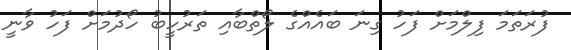
ފުރަތަމަ ފިލްމަށް ފަހު ގިނަ ބައެއްގެ ލޯތްބާއި ތަރުހީބު ހޯދުމަށް ފަހު ވާނީ